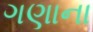
ગણાના